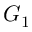
G _ { 1 }